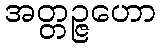
အတ္တဉ္ဇဟော